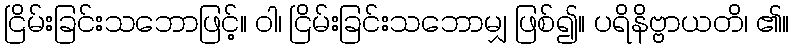
ငြိမ်းခြင်းသဘောဖြင့်။ ဝါ၊ ငြိမ်းခြင်းသဘောမျှ ဖြစ်၍။ ပရိနိဗ္ဗာယတိ၊ ၏။